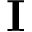
{ \bf I }